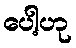
ပေါ့ဟု